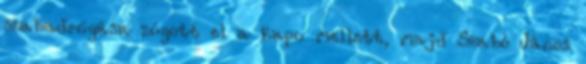
szabadrúgása zúgott el a kapu mellett, majd Szabó János